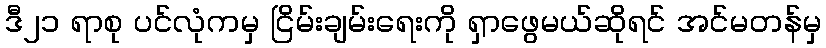
ဒီ၂၁ ရာစု ပင်လုံကမှ ငြိမ်းချမ်းရေးကို ရှာဖွေမယ်ဆိုရင် အင်မတန်မှ